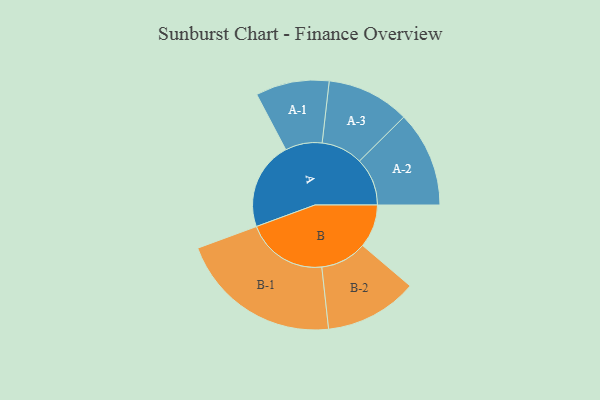
{"axis": {"x": "Segment", "y": "Value"}, "legend": ["", "A", "B"], "data": [{"x": "A", "y": 302, "type": ""}, {"x": "B", "y": 148, "type": ""}, {"x": "A-1", "y": 126, "type": "A"}, {"x": "A-2", "y": 164, "type": "A"}, {"x": "A-3", "y": 142, "type": "A"}, {"x": "B-1", "y": 279, "type": "B"}, {"x": "B-2", "y": 159, "type": "B"}]}